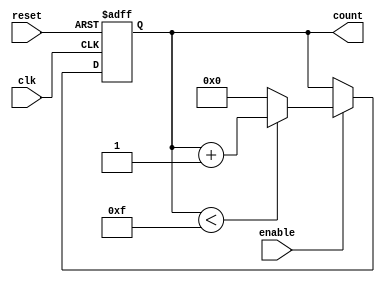
module async_counter (
    input wire clk,       // Clock signal
    input wire reset,     // Asynchronous reset signal
    input wire enable,    // Enable signal
    output reg [3:0] count // 4-bit counter output
);

// Maximum count value is 15 for a 4-bit counter
localparam MAX_COUNT = 4'b1111;

always @(posedge clk or posedge reset) begin
    if (reset) begin
        // Reset the count to 0
        count <= 4'b0000;
    end else if (enable) begin
        // Increment the counter if enable is high
        if (count < MAX_COUNT) begin
            count <= count + 1;
        end else begin
            // Wrap around to 0 when maximum count is reached
            count <= 4'b0000;
        end
    end
end

endmodule